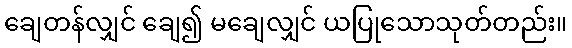
ချေတန်လျှင် ချေ၍ မချေလျှင် ယပြုသောသုတ်တည်း။